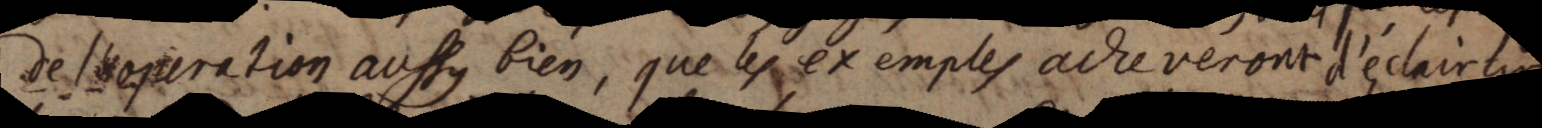
de l’operation aussy bien, que les exemples acheveront d’éclaircir